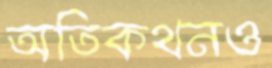
অতিকথনও